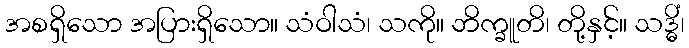
အစရှိသော အပြားရှိသော။ သံဝါသံ၊ သကို။ ဘိက္ခူတိ၊ တို့နှင့်။ သဒ္ဓိံ၊